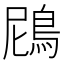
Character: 䲿